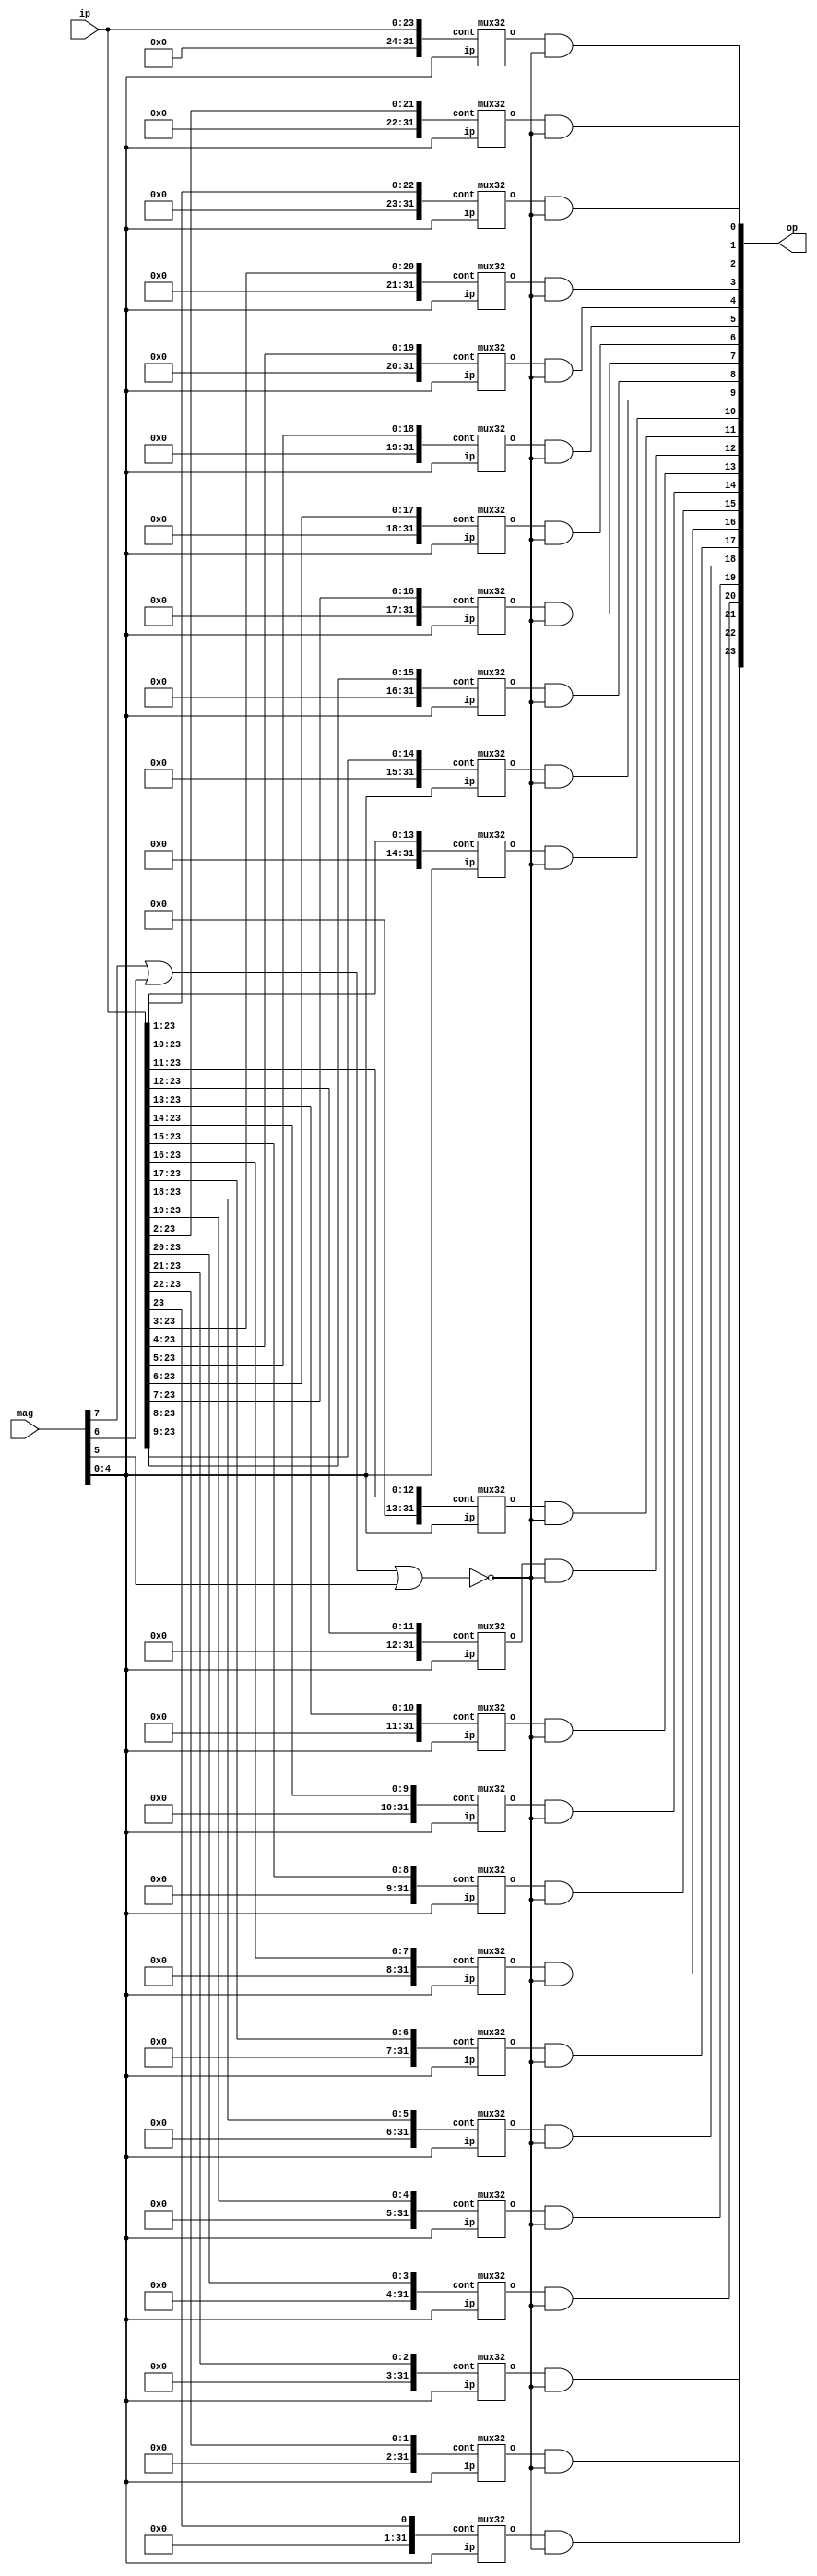
module shiftright(input[7:0] mag,input[23:0] ip,output[23:0] op);//divide by 2
    //if 3 msb have a one, then output is 0
    //wire overflow @5 bits
    wire w_ov;
    wire[23:0]o;//temporary output
    wire[31:0] w_23, w_22, w_21, w_20, w_19, w_18, w_17, w_16, w_15, w_14, w_13, w_12, w_11, w_10, w_9, w_8, w_7, w_6, w_5, w_4, w_3, w_2, w_1, w_0;
    or(w_ov,mag[7],mag[6],mag[5]);

    genvar i;
    generate
    for(i=0;i<=23;i=i+1)begin
        //assign op[i]=o[i] and ~w_ov;
        and(op[i],o[i],~w_ov);
    end

    endgenerate

    assign w_23[0]=ip[23];
    assign w_23[31:1]=31'd0;
    mux32 m23(w_23,mag[4:0],o[23]);
    assign w_22[1:0]=ip[23:22];
    assign w_22[31:2]=30'b0;
    mux32 m22(w_22,mag[4:0],o[22]);
    assign w_21[2:0]=ip[23:21];
    assign w_21[31:3]=29'b0;
    mux32 m21(w_21,mag[4:0],o[21]);
    assign w_20[3:0]=ip[23:20];
    assign w_20[31:4]=28'b0;
    mux32 m20(w_20,mag[4:0],o[20]);
    assign w_19[4:0]=ip[23:19];
    assign w_19[31:5]=27'b0;
    mux32 m19(w_19,mag[4:0],o[19]);
    assign w_18[5:0]=ip[23:18];
    assign w_18[31:6]=26'b0;
    mux32 m18(w_18,mag[4:0],o[18]);
    assign w_17[6:0]=ip[23:17];
    assign w_17[31:7]=25'b0;
    mux32 m17(w_17,mag[4:0],o[17]);
    assign w_16[7:0]=ip[23:16];
    assign w_16[31:8]=24'b0;
    mux32 m16(w_16,mag[4:0],o[16]);
    assign w_15[8:0]=ip[23:15];
    assign w_15[31:9]=23'b0;
    mux32 m15(w_15,mag[4:0],o[15]);
    assign w_14[9:0]=ip[23:14];
    assign w_14[31:10]=22'b0;
    mux32 m14(w_14,mag[4:0],o[14]);
    assign w_13[10:0]=ip[23:13];
    assign w_13[31:11]=21'b0;
    mux32 m13(w_13,mag[4:0],o[13]);
    assign w_12[11:0]=ip[23:12];
    assign w_12[31:12]=20'b0;
    mux32 m12(w_12,mag[4:0],o[12]);
    assign w_11[12:0]=ip[23:11];
    assign w_11[31:13]=19'b0;
    mux32 m11(w_11,mag[4:0],o[11]);
    assign w_10[13:0]=ip[23:10];
    assign w_10[31:14]=18'b0;
    mux32 m10(w_10,mag[4:0],o[10]);
    assign w_9[14:0]=ip[23:9];
    assign w_9[31:15]=17'b0;
    mux32 m9(w_9,mag[4:0],o[9]);
    assign w_8[15:0]=ip[23:8];
    assign w_8[31:16]=16'b0;
    mux32 m8(w_8,mag[4:0],o[8]);
    assign w_7[16:0]=ip[23:7];
    assign w_7[31:17]=15'b0;
    mux32 m7(w_7,mag[4:0],o[7]);
    assign w_6[17:0]=ip[23:6];
    assign w_6[31:18]=14'b0;
    mux32 m6(w_6,mag[4:0],o[6]);
    assign w_5[18:0]=ip[23:5];
    assign w_5[31:19]=13'b0;
    mux32 m5(w_5,mag[4:0],o[5]);
    assign w_4[19:0]=ip[23:4];
    assign w_4[31:20]=12'b0;
    mux32 m4(w_4,mag[4:0],o[4]);
    assign w_3[20:0]=ip[23:3];
    assign w_3[31:21]=11'b0;
    mux32 m3(w_3,mag[4:0],o[3]);
    assign w_2[21:0]=ip[23:2];
    assign w_2[31:22]=10'b0;
    mux32 m2(w_2,mag[4:0],o[2]);
    assign w_1[22:0]=ip[23:1];
    assign w_1[31:23]=9'b0;
    mux32 m1(w_1,mag[4:0],o[1]);
    assign w_0[23:0]=ip[23:0];
    assign w_0[31:24]=8'b0;
    mux32 m0(w_0,mag[4:0],o[0]);

endmodule


module shiftleft(input[7:0] mag,input[23:0] ipl,output[23:0] op);//divide by 2
    reg[31:0] zeros;
    //if 3 msb have a one, then output is 0
    //wire overflow @5 bits
    wire w_ov;
    wire[0:23] ip;
    wire[23:0]o;//temporary output
    wire[31:0] w_23, w_22, w_21, w_20, w_19, w_18, w_17, w_16, w_15, w_14, w_13, w_12, w_11, w_10, w_9, w_8, w_7, w_6, w_5, w_4, w_3, w_2, w_1, w_0;
    or(w_ov,mag[7],mag[6],mag[5]);

    genvar i;
    generate
    for(i=0;i<=23;i=i+1)begin
        //assign op[i]=o[i] and ~w_ov;
        and(op[i],o[i],~w_ov);
        assign ip[i]=ipl[i];
    end

    endgenerate

    assign w_23[23:0]=ip[0:23];
    assign w_23[31:24]=8'b0;
    mux32 m23(w_23,mag[4:0],o[23]);
    assign w_22[22:0]=ip[0:22];
    assign w_22[31:23]=9'b0;
    mux32 m22(w_22,mag[4:0],o[22]);
    assign w_21[21:0]=ip[0:21];
    assign w_21[31:22]=10'b0;
    mux32 m21(w_21,mag[4:0],o[21]);
    assign w_20[20:0]=ip[0:20];
    assign w_20[31:21]=11'b0;
    mux32 m20(w_20,mag[4:0],o[20]);
    assign w_19[19:0]=ip[0:19];
    assign w_19[31:20]=12'b0;
    mux32 m19(w_19,mag[4:0],o[19]);
    assign w_18[18:0]=ip[0:18];
    assign w_18[31:19]=13'b0;
    mux32 m18(w_18,mag[4:0],o[18]);
    assign w_17[17:0]=ip[0:17];
    assign w_17[31:18]=14'b0;
    mux32 m17(w_17,mag[4:0],o[17]);
    assign w_16[16:0]=ip[0:16];
    assign w_16[31:17]=15'b0;
    mux32 m16(w_16,mag[4:0],o[16]);
    assign w_15[15:0]=ip[0:15];
    assign w_15[31:16]=16'b0;
    mux32 m15(w_15,mag[4:0],o[15]);
    assign w_14[14:0]=ip[0:14];
    assign w_14[31:15]=17'b0;
    mux32 m14(w_14,mag[4:0],o[14]);
    assign w_13[13:0]=ip[0:13];
    assign w_13[31:14]=18'b0;
    mux32 m13(w_13,mag[4:0],o[13]);
    assign w_12[12:0]=ip[0:12];
    assign w_12[31:13]=19'b0;
    mux32 m12(w_12,mag[4:0],o[12]);
    assign w_11[11:0]=ip[0:11];
    assign w_11[31:12]=20'b0;
    mux32 m11(w_11,mag[4:0],o[11]);
    assign w_10[10:0]=ip[0:10];
    assign w_10[31:11]=21'b0;
    mux32 m10(w_10,mag[4:0],o[10]);
    assign w_9[9:0]=ip[0:9];
    assign w_9[31:10]=22'b0;
    mux32 m9(w_9,mag[4:0],o[9]);
    assign w_8[8:0]=ip[0:8];
    assign w_8[31:9]=23'b0;
    mux32 m8(w_8,mag[4:0],o[8]);
    assign w_7[7:0]=ip[0:7];
    assign w_7[31:8]=24'b0;
    mux32 m7(w_7,mag[4:0],o[7]);
    assign w_6[6:0]=ip[0:6];
    assign w_6[31:7]=25'b0;
    mux32 m6(w_6,mag[4:0],o[6]);
    assign w_5[5:0]=ip[0:5];
    assign w_5[31:6]=26'b0;
    mux32 m5(w_5,mag[4:0],o[5]);
    assign w_4[4:0]=ip[0:4];
    assign w_4[31:5]=27'b0;
    mux32 m4(w_4,mag[4:0],o[4]);
    assign w_3[3:0]=ip[0:3];
    assign w_3[31:4]=28'b0;
    mux32 m3(w_3,mag[4:0],o[3]);
    assign w_2[2:0]=ip[0:2];
    assign w_2[31:3]=29'b0;
    mux32 m2(w_2,mag[4:0],o[2]);
    assign w_1[1:0]=ip[0:1];
    assign w_1[31:2]=30'b0;
    mux32 m1(w_1,mag[4:0],o[1]);
    assign w_0[0]=ip[0];
    assign w_0[31:1]=31'b0;
    mux32 m0(w_0,mag[4:0],o[0]);



endmodule


//up, down are inputs 1 means up 0 means down

module mux32(input[31:0]cont,input[4:0]ip,output o);
    wire[1:0] t;
    mux16 mu(cont[31:16],ip[3:0],t[1]);
    mux16 md(cont[15:0],ip[3:0],t[0]);
    mux2 mf(t,ip[4],o);
endmodule


module mux16(input[15:0] cont,input[3:0] ip,output o);
    wire[1:0] t;
    mux8 mu(cont[15:8],ip[2:0],t[1]);
    mux8 md(cont[7:0],ip[2:0],t[0]);
    mux2 mf(t,ip[3],o);

endmodule

module mux8(input[7:0] cont,input[2:0] ip,output o);
    wire[1:0] t;
    mux4 mu(cont[7:4],ip[1:0],t[1]);
    mux4 md(cont[3:0],ip[1:0],t[0]);
    mux2 mf(t,ip[2],o);

endmodule

module mux4(input[3:0] cont,input[1:0] ip,output o);
    wire[1:0] t;
    mux2 mu(cont[3:2],ip[0],t[1]);
    mux2 md(cont[1:0],ip[0],t[0]);
    mux2 mf(t,ip[1],o);

endmodule

module mux2(input[1:0] cont,input ip,output o);

    and(t1,cont[1],ip);
    and(t2,cont[0],~ip);
    or(o,t1,t2);

endmodule